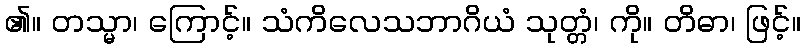
၏။ တသ္မာ၊ ကြောင့်။ သံကိလေသဘာဂိယံ သုတ္တံ၊ ကို။ တိဓာ၊ ဖြင့်။